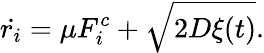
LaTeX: \dot{r_{i}}=\mu F_{i}^{c}+\sqrt{2D\xi(t)}.